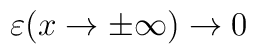
\varepsilon (x\rightarrow \pm \infty )\rightarrow 0